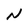
Character: N